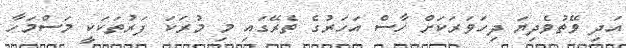
އަދި ވޭތުވެދިޔަ ދިހަވަރަކަށް ހާސް އަހަރުގެ ތެރޭގައި މި މުރަކަ ފަރުތަކަކީ މަސްމަހާ